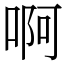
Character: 啊